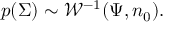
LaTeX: p ( { \boldsymbol { \Sigma } } ) \sim { \mathcal { W } } ^ { - 1 } ( { \boldsymbol { \Psi } } , n _ { 0 } ) .